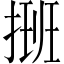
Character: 𢲔